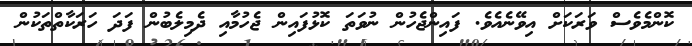
ކޮންމެވެސް ވަރަކަށް އިވޭނެއެވެ. ފައިންޖެހުން ނުވަތަ ކޮޅުފައިން ޖެހުމާއި ދެމިލެބުން ފަދަ ހަރަކާތްތަކުން